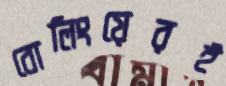
বোলিংয়েরই